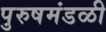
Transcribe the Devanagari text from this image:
पुरुषमंडळी